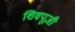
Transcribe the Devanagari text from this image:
शिवपूजी